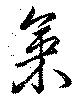
氣